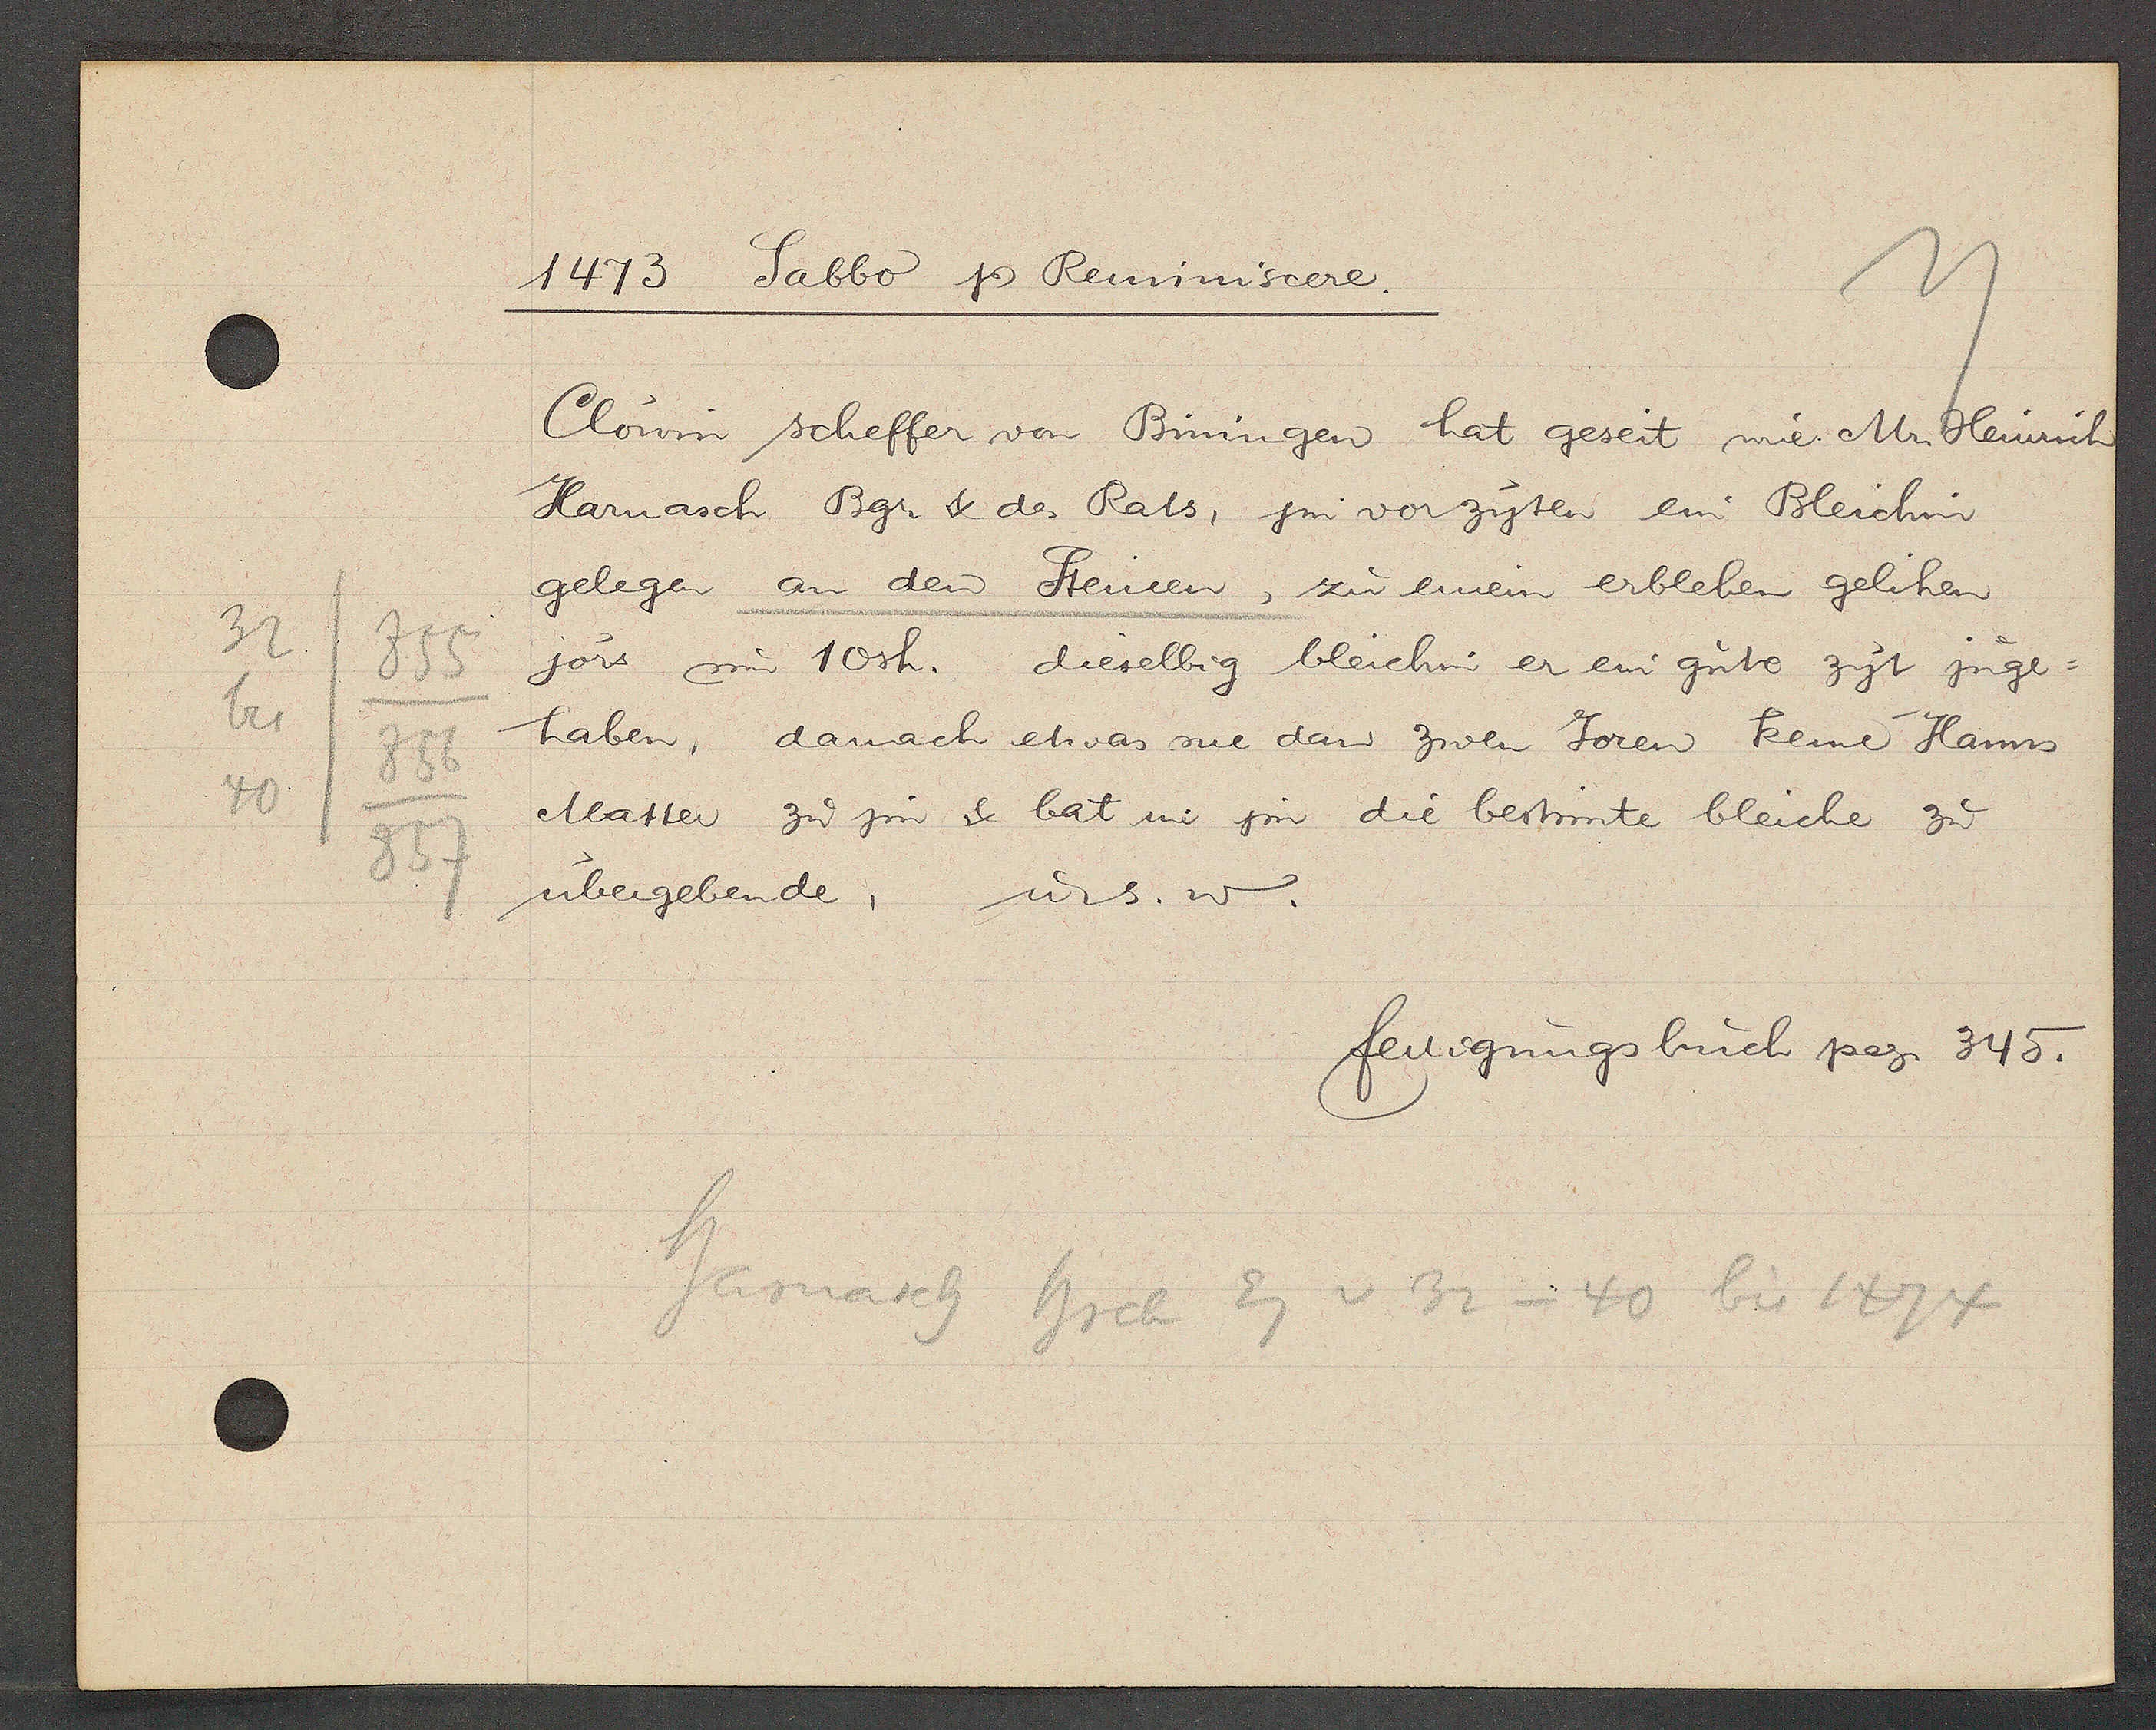
Transcript:
32/855
bis/ 856
40/857

1473 Sabbo Ƿ Reminiscere.

Clowin scheffer von Biningen hat geseit wie Mr. Heinrich
Harnasch Bgr. & des Rats, jm vor zyten ein Bleichin
gelegen an den Steinen, zu einem erbleben gelihen
jörs um 10sh. dieselbig bleichin er ein gute zyt jnge¬
haben, darnach etwas me dan zwen Joren keme Hanns
Matter zu jm & bat in jm die bestimte bleiche zu
übergebende, u. s. w.

fertigungsbuch pag. 345.

Harnasch
hrch Eg v 32 - 40 bis 1474